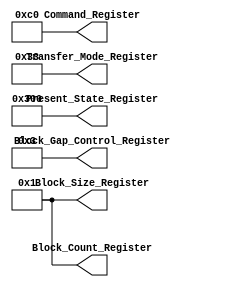
module Registers(Block_Size_Register, Block_Count_Register, Transfer_Mode_Register, Present_State_Register, Block_Gap_Control_Register, Command_Register);

  output [15:0] Block_Size_Register;     //Offset 004h, interesa bit [11:0] 
  output [15:0] Block_Count_Register;    //Offset 006h, interesan todos los bits
  output [15:0] Transfer_Mode_Register;  //Offset 00Ch, interesan los bits 05, 04, 01,00.
  output [31:0] Present_State_Register;  //Offset 024h, interesan los bits 09,08.
  output [7:0]  Block_Gap_Control_Register;    //Offset 02Ah, interesan los bits 0,1.
  output [15:0]  Command_Register;        //Offset 00Eh, interesan los bits 6 y 7.
  

  reg [15:0] Block_Size_Register;    
  reg [15:0] Block_Count_Register;    
  reg [15:0] Transfer_Mode_Register; 
  reg [31:0] Present_State_Register; 
  reg [7:0]  Block_Gap_Control_Register;    
  reg [15:0]  Command_Register;  

initial begin
//Interesan
Block_Size_Register[11:0] <= 1; 
Block_Count_Register[15:0] <=1;
Transfer_Mode_Register[5]  <=1;
Transfer_Mode_Register[4]  <=1;
Transfer_Mode_Register[1]  <=1;
Transfer_Mode_Register[0]  <=1;
Present_State_Register[9]  <=1;
Present_State_Register[8]  <=1;
Block_Gap_Control_Register[0] <=1;
Block_Gap_Control_Register[1] <=1;
Command_Register[6]<=1;
Command_Register[7]<=1;

//No Interesan
Block_Size_Register[15:12] <= 0; 
Transfer_Mode_Register[2]  <= 0;
Transfer_Mode_Register[3]  <= 0;
Transfer_Mode_Register[15:6]<=0;
Present_State_Register[31:10]  <=0;
Present_State_Register[7:0]  <=0;
Block_Gap_Control_Register[7:2] <=0;
Command_Register[5:0] <=0;
Command_Register[15:8] <=0;
end    
endmodule